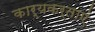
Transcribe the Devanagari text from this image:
कार्यकर्ताएं